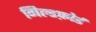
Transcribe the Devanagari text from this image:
गिल्डफ़ोर्ड